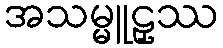
အသမ္မူဠှဿ